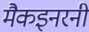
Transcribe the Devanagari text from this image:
मैकइनरनी